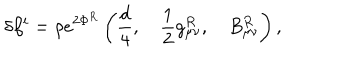
LaTeX: \delta \beta ^ { i } = \rho e ^ { 2 \Phi ^ { R } } \left( \frac { d } { 4 } , \quad \frac { 1 } { 2 } g _ { \mu \nu } ^ { R } , \quad B _ { \mu \nu } ^ { R } \right) , \,